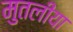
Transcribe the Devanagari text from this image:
मुतलीया